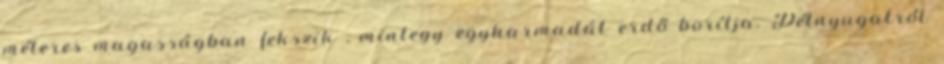
méteres magasságban fekszik , mintegy egyharmadát erdő borítja. Délnyugatról